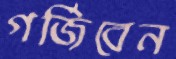
গর্জিবেন